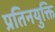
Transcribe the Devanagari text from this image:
प्रतिनयुक्ति